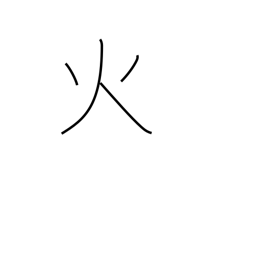
Meaning: fire